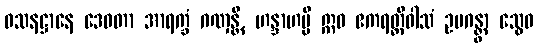
ဝသနဋ္ဌာနေ ဒေဝတာ အာရက္ခံ ဂဏှန္တိ, ဟန္ဒာဟမ္ပိ ဣဓ ဧကရတ္တိဝါသံ ဥပဂန္တွာ သွေဝ